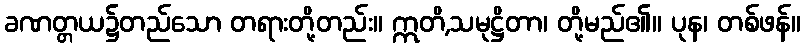
ခဏတ္တယ၌တည်သော တရားတို့တည်း။ ဣတိ,သမုဋ္ဌိတာ၊ တို့မည်၏။ ပုန၊ တစ်ဖန်။